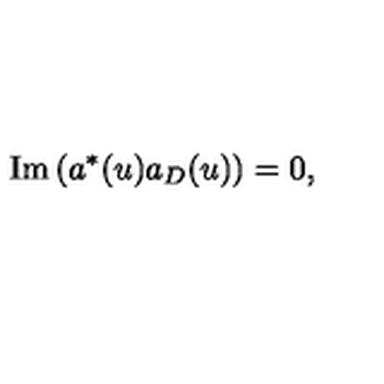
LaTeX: \mathrm { I m } \left( a ^ { * } ( u ) a _ { D } ( u ) \right) = 0 ,